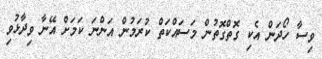
ވިސާ ހޯދަން އެކި ގޮތްގޮތުން މަސައްކަތް ކުރަމުން އަންނަ ކަމަށް އޭނާ ވިދާޅުވި